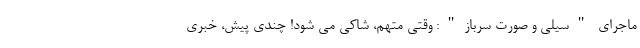
ماجرای "سیلی و صورت سرباز": وقتی متهم، شاکی می شود! چندی پیش، خبری